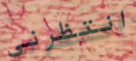
انتظرني